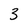
Character: 3